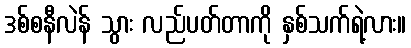
ဒစ်စနီလဲန် သွား လည်ပတ်တာကို နှစ်သက်ရဲ့လား။